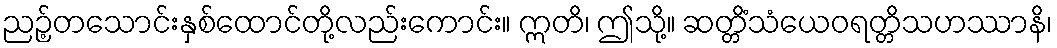
ညဉ့်တသောင်းနှစ်ထောင်တို့လည်းကောင်း။ ဣတိ၊ ဤသို့။ ဆတ္တိံသံယေဝရတ္တိသဟဿာနိ၊